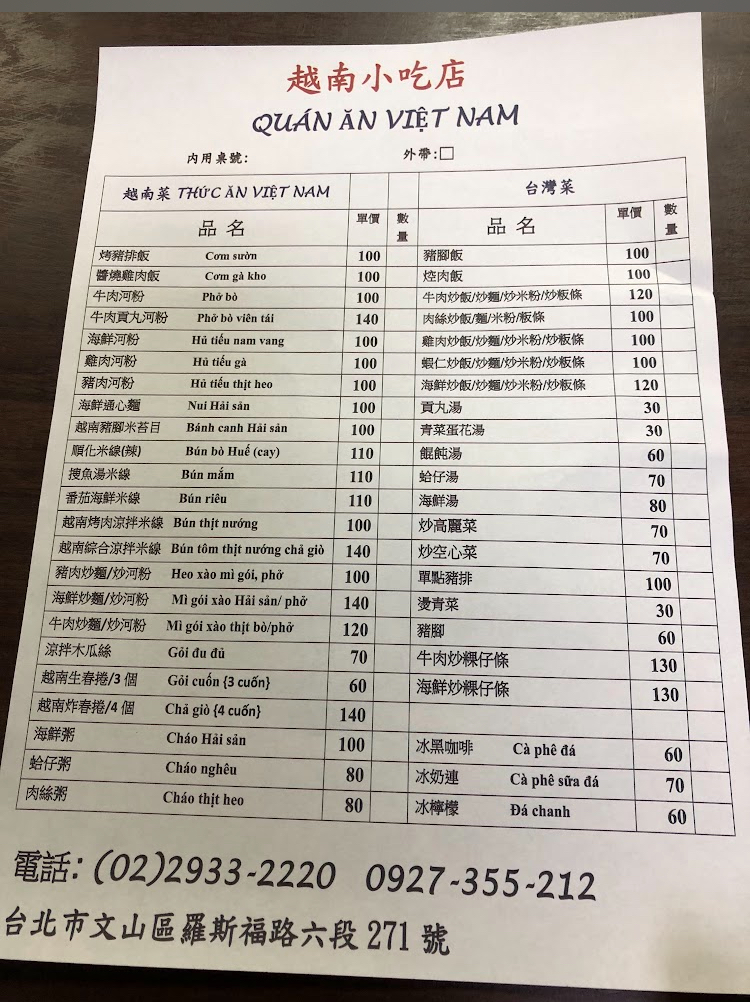
餐廳：越南小吃店
地址：台北市文山區羅斯福路六段271號
電話：(02)2933-2220,0927-355-212
菜單：
name: 烤豬排飯
price: 100
name: 焢燒贓肉飯
price: 100
name: 牛肉河粉
price: 100
name: 牛肉貢丸河粉
price: 140
name: 海鮮河粉
price: 100
name: 雞肉河粉
price: 100
name: 豬肉河粉
price: 100
name: 海鮮通心麵
price: 100
name: 越南豬腳米苔目
price: 100
name: 順化米線(辣)
price: 110
name: 搜魚湯米綠
price: 110
name: 番茄海鮮米線
price: 110
name: 越南烤肉涼拌米線
price: 100
name: 越南綜合涼拌米線
price: 140
name: 豬肉炒麵/炒河粉
price: 100
name: 海鮮炒麵/炒河粉
price: 140
name: 牛肉炒麵/炒河粉
price: 120
name: 涼拌木瓜絲
price: 70
name: 越南生春捲(3個)
price: 60
name: 越南炸春捲(4個)
price: 140
name: 海鮮粥
price: 100
name: 蛤仔粥
price: 80
name: 肉絲粥
price: 80
name: 豬腳飯
price: 100
name: 焢肉飯
price: 100
name: 牛肉炒飯/炒麵/炒米粉/炒粄條
price: 120
name: 肉絲炒飯/麵/米粉/版條
price: 100
name: 雞肉炒飯/炒麵/炒米粉/炒粄條
price: 100
name: 蝦仁炒飯/炒麵/炒米粉/炒粄條
price: 120
name: 海鮮炒飯/炒麵/炒米粉/炒粄條
price: 120
name: 貢丸湯
price: 30
name: 青菜蛋花湯
price: 30
name: 餛飩湯
price: 60
name: 蛤仔湯
price: 70
name: 海鮮湯
price: 80
name: 炒高麗菜
price: 70
name: 炒空心菜
price: 70
name: 單點豬排
price: 100
name: 燙青菜
price: 30
name: 豬腳
price: 60
name: 牛肉炒粿仔條
price: 130
name: 海鮮炒粿仔條
price: 130
name: 冰黑咖啡
price: 60
name: 冰奶連
price: 70
name: 冰檸檬
price: 60